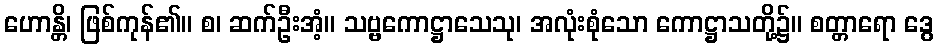
ဟောန္တိ၊ ဖြစ်ကုန်၏။ စ၊ ဆက်ဦးအံ့။ သဗ္ဗကောဋ္ဌာသေသု၊ အလုံးစုံသော ကောဋ္ဌာသတို့၌။ စတ္တာရော ဒွေ